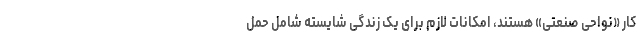
کار «نواحی صنعتی» هستند، امکانات لازم برای یک زندگی شایسته شاملِ حمل